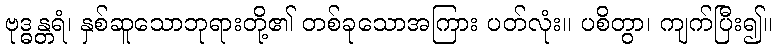
ဗုဒ္ဓန္တရံ၊ နှစ်ဆူသောဘုရားတို့၏ တစ်ခုသောအကြား ပတ်လုံး။ ပစိတွာ၊ ကျက်ပြီး၍။